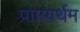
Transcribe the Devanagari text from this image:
प्राप्तयर्थम